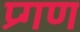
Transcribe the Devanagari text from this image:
प्र्गण